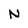
Character: N